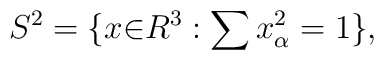
S^2=\{x{\in}R^3:\sum x_\alpha^2=1\},